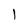
Character: l